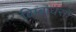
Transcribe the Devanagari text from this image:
बिम्बाधराः